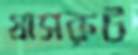
গ্রাসরুট